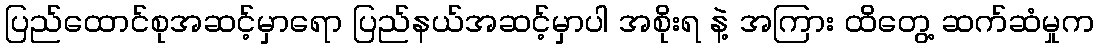
ပြည်ထောင်စုအဆင့်မှာရော ပြည်နယ်အဆင့်မှာပါ အစိုးရ နဲ့ အကြား ထိတွေ့ ဆက်ဆံမှုက